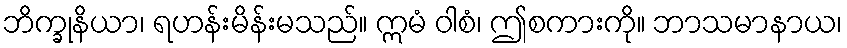
ဘိက္ခုနိယာ၊ ရဟန်းမိန်းမသည်။ ဣမံ ဝါစံ၊ ဤစကားကို။ ဘာသမာနာယ၊